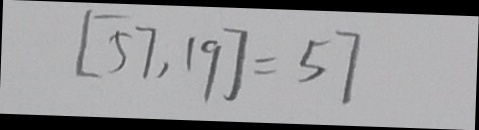
[ 5 7 , 1 9 ] = 5 7